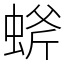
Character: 䗄